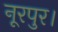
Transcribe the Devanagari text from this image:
नूरपुर।